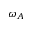
\omega _ { A }